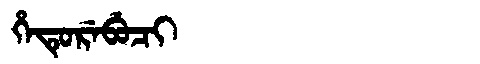
Manchu: ᡥᡝᡨᡠᡵᡝᠪᡠᠴᡳ
Romanization: HETUREBUCI